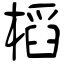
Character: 槄